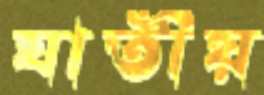
যাতীয়